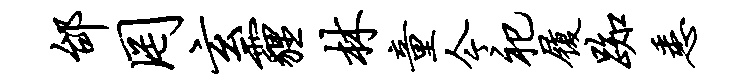
邰罔玄霾林童今祀履踟悉